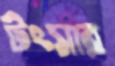
টংসার